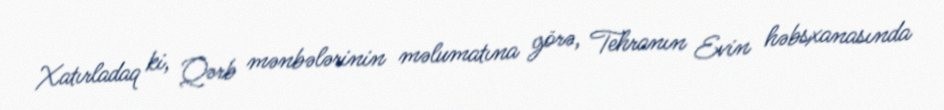
Xatırladaq ki, Qərb mənbələrinin məlumatına görə, Tehranın Evin həbsxanasında